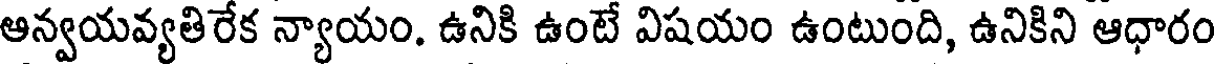
ఆన్వయవ్యతిరేక న్యాయం. ఉనికి ఉంటే విషయం ఉంటుంది, ఉనికిని ఆధారం